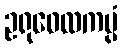
ဥရုဝေလကပ္ပံ